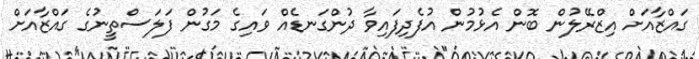
ގައްޒާއަށް އިޒްރޭލުން ބޮން އެޅުމުން އުފެދިފައިވާ ދުންގަނޑެއް ވައިގެ މަގުން ފަލަސްތީނުގެ ގައްޒާއަށް